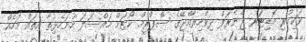
ވަކިކުރި އޮޑިޓަރ ޖެނެރަލް ދިވެހިރާއްޖޭގެ ސްޕްރީމް ކޯޓަށް މައްސަލަ ހުށަހެޅިތާ އެތައް މަހެއް